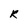
Character: R